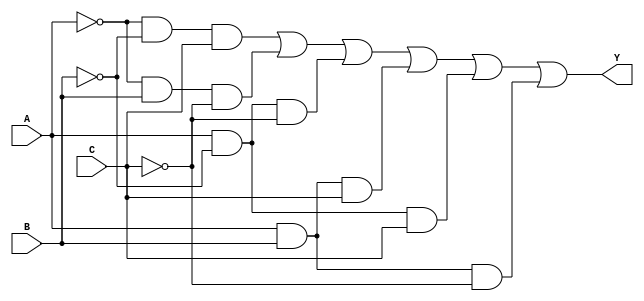
module three_variable_kmap (
    input wire A,  // Input variable A
    input wire B,  // Input variable B
    input wire C,  // Input variable C
    output wire Y  // Output signal
);

// The simplified Boolean expression derived from the K-map is:
// Y = A'B'C + A'BC' + AB'C' + ABC + AB'C + ABC'
assign Y = (~A & ~B & C) | (~A & B & ~C) | (A & ~B & ~C) | (A & B & C) | (A & ~B & C) | (A & B & ~C);

endmodule